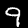
Digit: 9